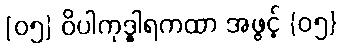
[၀၅] ဝိပါကုဒ္ဓါရကထာ အဖွင့် {၀၅}